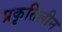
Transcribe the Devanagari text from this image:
प्रकृतिलीन